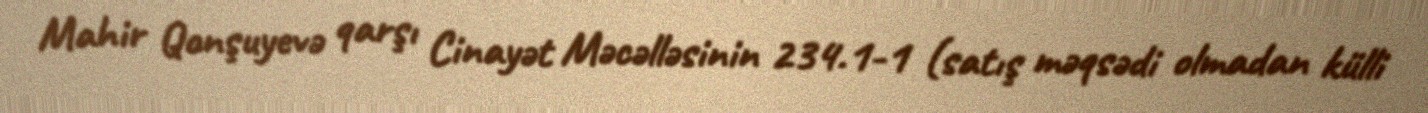
Mahir Qonşuyevə qarşı Cinayət Məcəlləsinin 234.1-1 (satış məqsədi olmadan külli